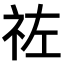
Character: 𥙀